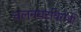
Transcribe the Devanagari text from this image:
चलनघटविरोधी